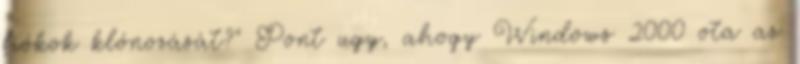
fiókok klónozását?" Pont ugy, ahogy Windows 2000 ota az